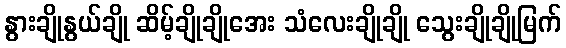
နွားချိုနွယ်ချို ဆိမ့်ချိုချိုအေး သံလေးချိုချို သွေးချိုချိုမြက်